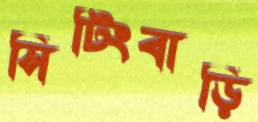
সিটিংবাড়ি